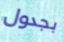
بجدول